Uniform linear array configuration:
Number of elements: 16
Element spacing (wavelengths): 0.25
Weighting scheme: hann
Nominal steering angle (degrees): -60
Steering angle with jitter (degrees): -60.131
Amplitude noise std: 0.05
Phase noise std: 0.05

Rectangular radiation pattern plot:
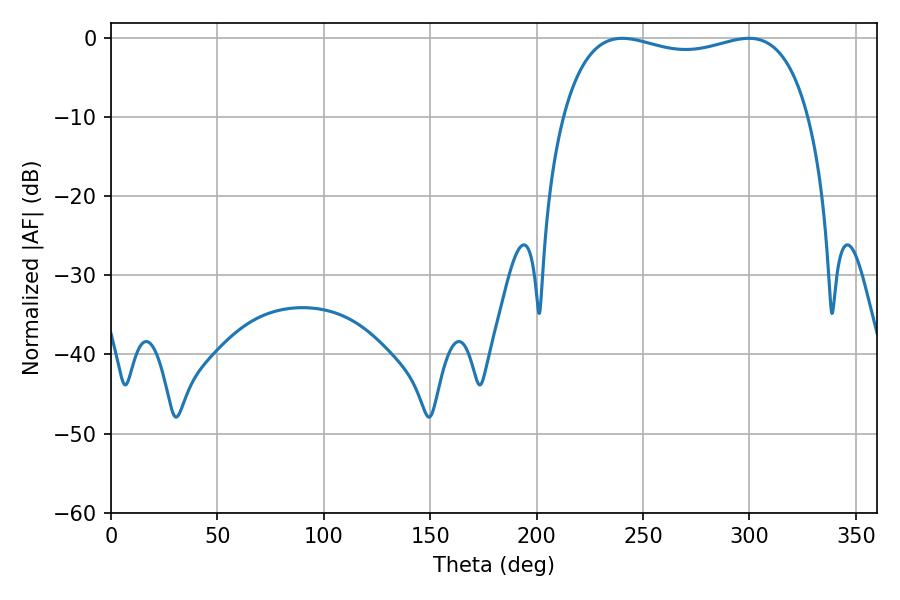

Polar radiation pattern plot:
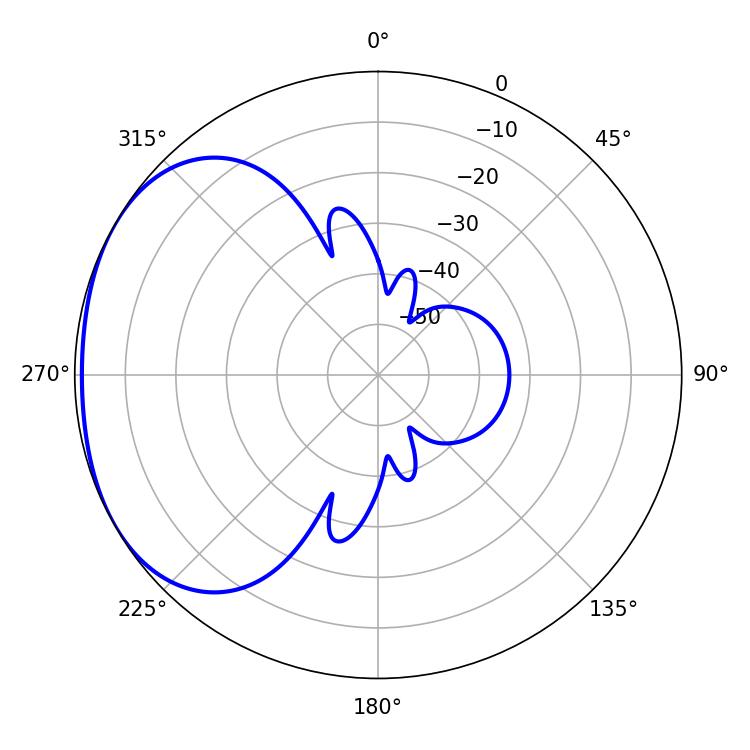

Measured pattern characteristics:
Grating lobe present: FALSE
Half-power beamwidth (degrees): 94.32
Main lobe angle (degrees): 240.3